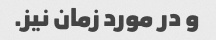
و در مورد زمان نیز.